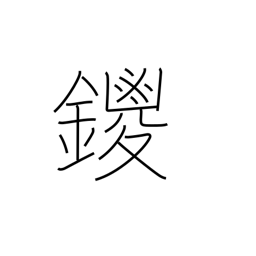
Meaning: name